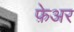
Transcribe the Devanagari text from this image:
फ़ेअर